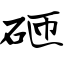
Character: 砸